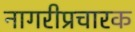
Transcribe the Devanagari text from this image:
नागरीप्रचारक